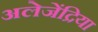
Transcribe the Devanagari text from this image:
अलेजेंद्रिया